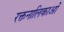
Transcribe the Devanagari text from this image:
रक्तनालिकाओं